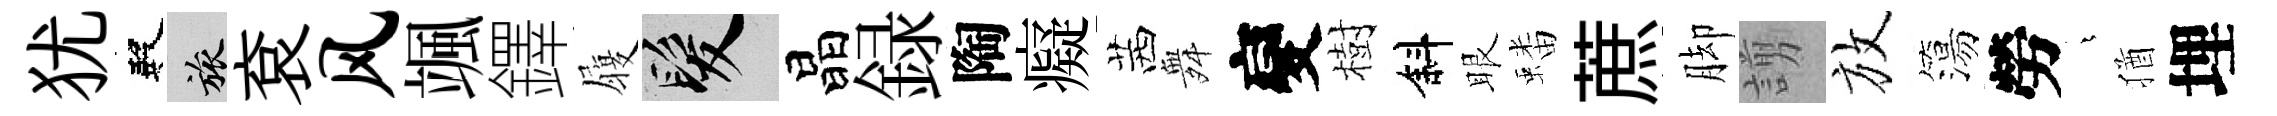
犹殿旅袞风颯鐸履髮晶録陶癡茜舞變樹斜眼蟠蔗脚謭放簜勞燁猶埋